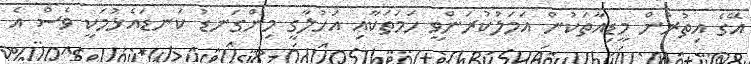
އޭގެ އިތުރުން މީޑިއާތަކުން އަމަލުކުރަންވީ ހަމަތަކާއި އަހުލާގީ މިންގަނޑު ކަނޑައެޅުމަކީ ވެސް އެ